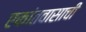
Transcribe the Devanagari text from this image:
एकांतवासाची